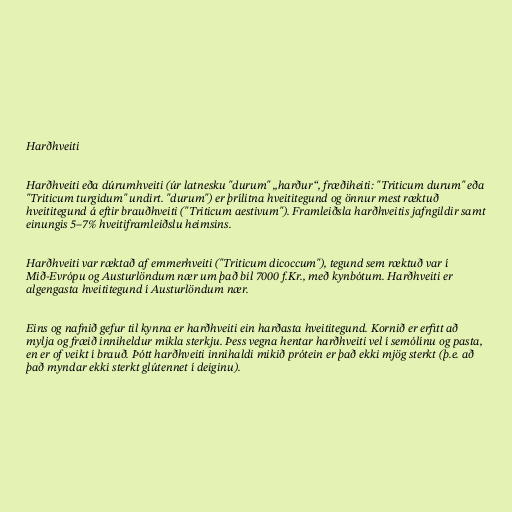
Harðhveiti

Harðhveiti eða dúrumhveiti (úr latnesku "durum" „harður“, fræðiheiti: "Triticum durum" eða
"Triticum turgidum" undirt. "durum") er þrílitna hveititegund og önnur mest ræktuð
hveititegund á eftir brauðhveiti ("Triticum aestivum"). Framleiðsla harðhveitis jafngildir samt
einungis 5–7% hveitiframleiðslu heimsins.

Harðhveiti var ræktað af emmerhveiti ("Triticum dicoccum"), tegund sem ræktuð var í
Mið-Evrópu og Austurlöndum nær um það bil 7000 f.Kr., með kynbótum. Harðhveiti er
algengasta hveititegund í Austurlöndum nær.

Eins og nafnið gefur til kynna er harðhveiti ein harðasta hveititegund. Kornið er erfitt að
mylja og fræið inniheldur mikla sterkju. Þess vegna hentar harðhveiti vel í semólínu og pasta,
en er of veikt í brauð. Þótt harðhveiti innihaldi mikið prótein er það ekki mjög sterkt (þ.e. að
það myndar ekki sterkt glútennet í deiginu).